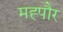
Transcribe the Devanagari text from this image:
मह्पौर